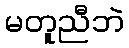
မတူညီဘဲ